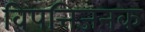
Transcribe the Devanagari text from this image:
विपत्तिजनक